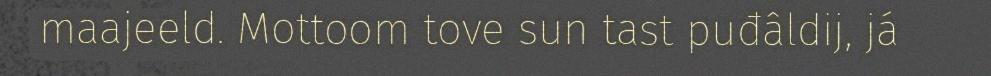
maajeeld. Mottoom tove sun tast puđâldij, já